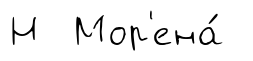
Н Мор'ена́